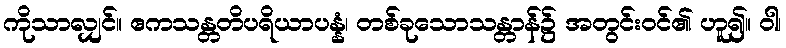
ကိုသာလျှင်။ ဧကသန္တတိပရိယာပန္နံ၊ တစ်ခုသောသန္တာန်၌ အတွင်းဝင်၏ ဟူ၍။ ဝါ၊